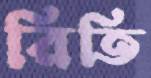
রিতি